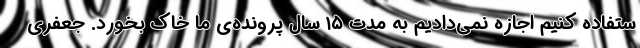
ستفاده کنیم اجازه نمی‌دادیم به مدت ۱۵ سال پرونده‌ی ما خاک بخورد. جعفری